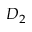
D _ { 2 }